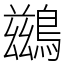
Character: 鷀